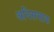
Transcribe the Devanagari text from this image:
अधिसत्ताक